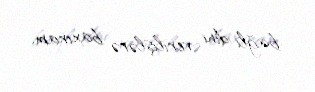
bağlı dini verilişlərə baxıram.